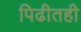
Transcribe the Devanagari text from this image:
पिढीतही